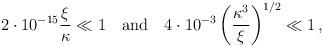
LaTeX: \begin{align*} 2 \cdot 10^{-15} \frac{\xi}{\kappa} \ll 1 \quad \mbox{and} \quad 4 \cdot 10^{-3} \left( \frac{\kappa^3}{\xi} \right)^{1/2} \ll 1\, ,\end{align*}